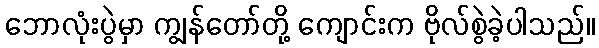
ဘောလုံးပွဲမှာ ကျွန်တော်တို့ ကျောင်းက ဗိုလ်စွဲခဲ့ပါသည်။